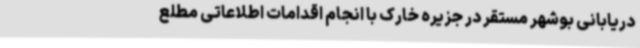
دریابانی بوشهر مستقر در جزیره خارک با انجام اقدامات اطلاعاتی مطلع